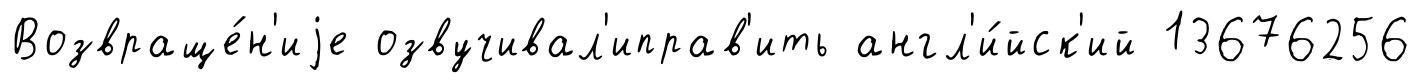
Возвраще́н'иjе озвучивал'иправ'ить англ'и́йск'ий 13676256